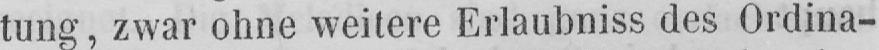
tung, zwar ohne weitere Erlaubniss des Ordina-